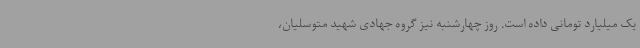
یک میلیارد تومانی داده است. روز چهارشنبه نیز گروه جهادی شهید متوسلیان،